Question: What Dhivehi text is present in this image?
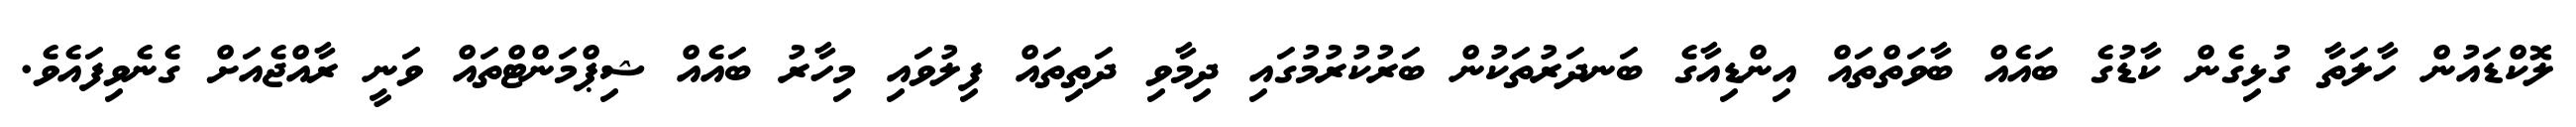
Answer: ލޮކްޑައުން ހާލަތާ ގުޅިގެން ކާޑުގެ ބައެއް ބާވަތްތައް އިންޑިއާގެ ބަނދަރުތަކުން ބަރުކުރުމުގައި ދިމާވި ދަތިތައް ފިލުވައި މިހާރު ބައެއް ޝިޕްމަންޓްތައް ވަނީ ރާއްޖެއަށް ގެނެވިފައެވެ.